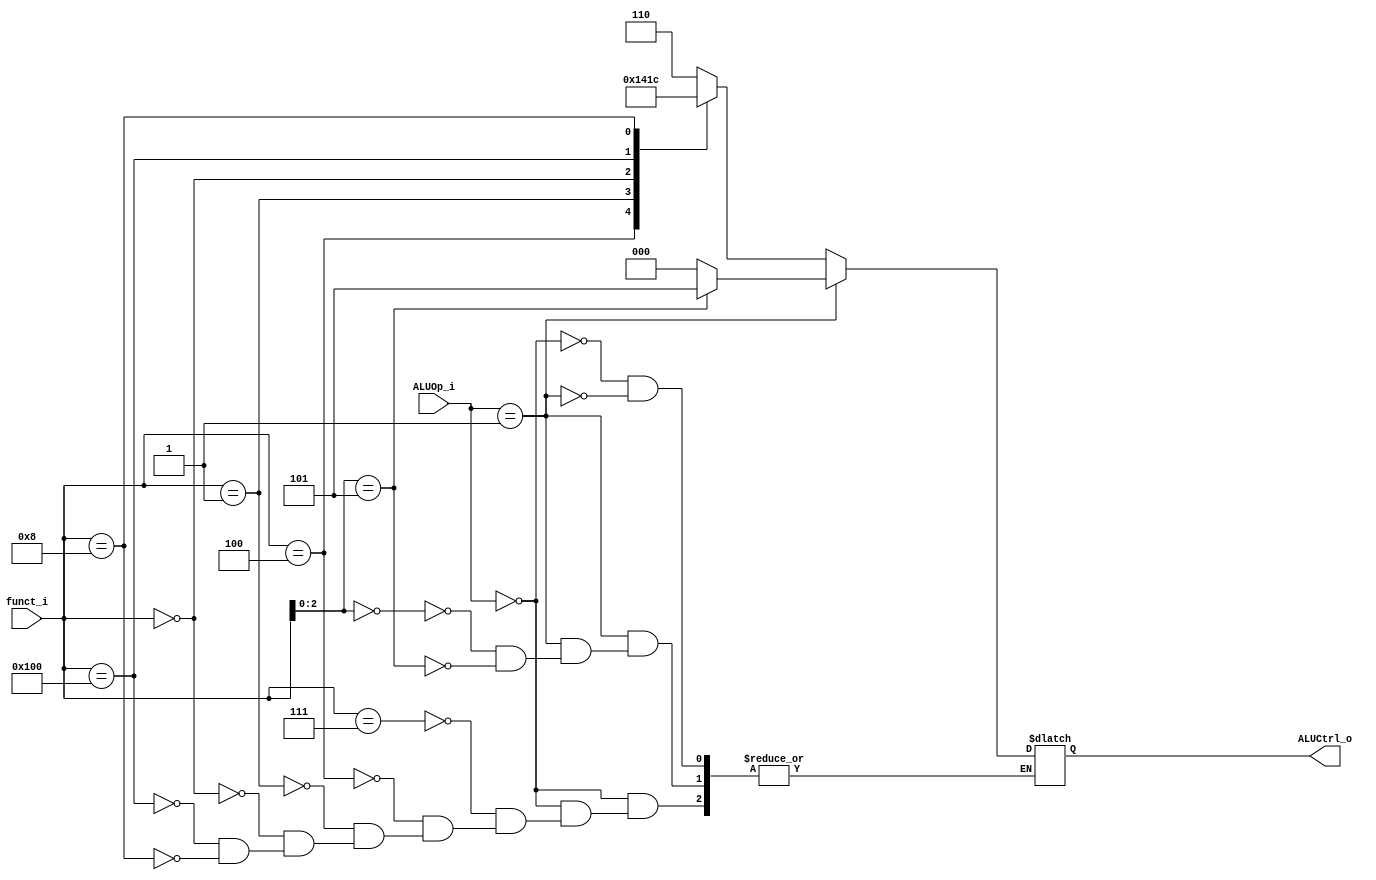
module ALU_Control(
    funct_i,
    ALUOp_i,
    ALUCtrl_o
);

input [9:0] funct_i; // indicate func code + opcode
input [1:0] ALUOp_i;
output [2:0] ALUCtrl_o;

localparam R_TYPE = 0;
localparam I_TYPE = 1;
localparam AND_FUNC = 10'b0000000111;
localparam XOR_FUNC = 10'b0000000100;
localparam SLL_FUNC = 10'b0000000001;
localparam ADD_FUNC = 10'b0000000000;
localparam SUB_FUNC = 10'b0100000000;
localparam MUL_FUNC = 10'b0000001000;
localparam ADDI_FUNC = 3'b000;
localparam SRAI_FUNC = 3'b101;

localparam ADD = 0;
localparam XOR = 1;
localparam SLL = 2;
localparam SUB = 3;
localparam MUL = 4;
localparam SRA = 5;
localparam AND = 6; // code received in ALU. addi is same as add
// opcode is decoded by controller

reg [2:0] ALUCtrl;

assign ALUCtrl_o = ALUCtrl;

always @(*) begin
    case(ALUOp_i)
        R_TYPE: begin
            case(funct_i)
            AND_FUNC: begin
                ALUCtrl = AND;
            end
            XOR_FUNC: begin
                ALUCtrl = XOR;
            end
            SLL_FUNC: begin
                ALUCtrl = SLL;
            end
            ADD_FUNC: begin
                ALUCtrl = ADD;
            end
            SUB_FUNC: begin
                ALUCtrl = SUB;
            end
            MUL_FUNC: begin
                ALUCtrl = MUL;
            end
            endcase 
        end
        I_TYPE: begin
            case(funct_i[2:0])
            ADDI_FUNC: begin
                ALUCtrl = ADD;
            end
            SRAI_FUNC: begin
                ALUCtrl = SRA;
            end
            endcase
        end
    endcase
end

endmodule